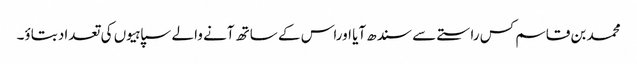
محمد بن قاسم کس راستے سے سندھ آیا اوراس کے ساتھ آنے والے سپاہیوں کی تعداد بتاؤ۔